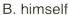
B.himself